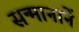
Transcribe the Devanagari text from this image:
सन्मानानें